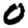
Digit: 0